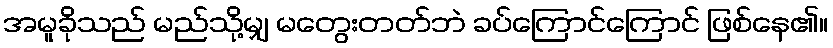
အမူခိုသည် မည်သို့မျှ မတွေးတတ်ဘဲ ခပ်ကြောင်ကြောင် ဖြစ်နေ၏။